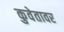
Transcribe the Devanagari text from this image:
कुवेतावर